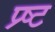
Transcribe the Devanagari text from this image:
प्र्ष्ट